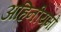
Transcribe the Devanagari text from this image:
अहिनीयमों